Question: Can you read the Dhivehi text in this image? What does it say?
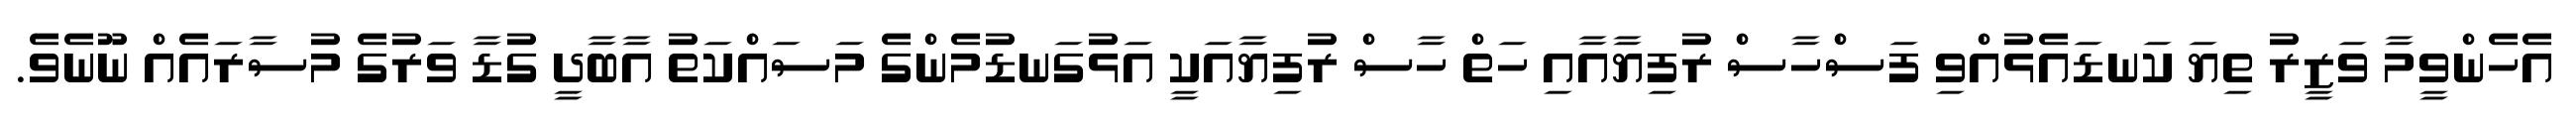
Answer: އެހެންވީމާ ވަޒީރު ތިޔަ ކަނޑައެޅުއްވި ފަސްހާސް ރުފިޔާއާއި ހަތް ހާސް ރުފިޔާއަކީ އަޅުގަނޑުމެންގެ މަސައްކަތު އާބާދީ ގުޑާ ވަރުގެ މުސާރައެއް ނޫނެވެ.